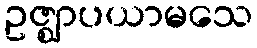
ဥဇ္ဈာပယာမသေ